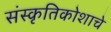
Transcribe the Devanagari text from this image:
संस्कृतिकोशाचे